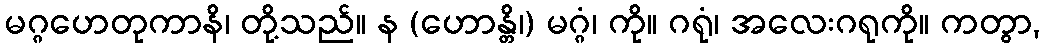
မဂ္ဂဟေတုကာနိ၊ တို့သည်။ န (ဟောန္တိ၊) မဂ္ဂံ၊ ကို။ ဂရုံ၊ အလေးဂရုကို။ ကတွာ,